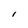
Character: i